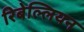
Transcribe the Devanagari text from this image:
रिबेल्लियन